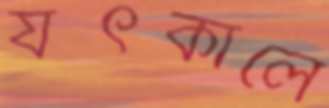
যৎকালে